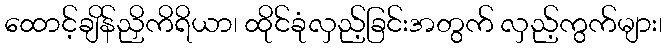
ထောင့်ချိန်ညှိကိရိယာ၊ ထိုင်ခုံလှည့်ခြင်းအတွက် လှည့်ကွက်များ၊